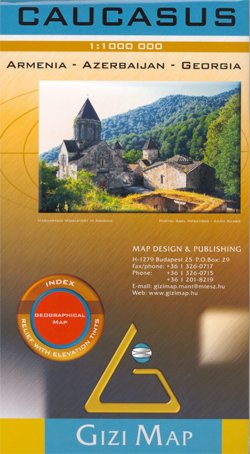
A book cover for Caucasus - Georgia, Armenia, Azerbaijan 1:1,000,000 Travel Map GIZI; Gizimaps; Travel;